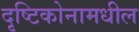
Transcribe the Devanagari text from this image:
दृष्टिकोनामधील